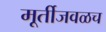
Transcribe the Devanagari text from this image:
मूर्तीजवळच